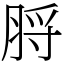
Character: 脟